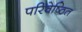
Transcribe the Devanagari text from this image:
परिवेष्ठित